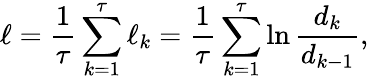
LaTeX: \ell=\frac{1}{\tau}\sum_{k=1}^{\tau}\ell_{k}=\frac{1}{\tau}\sum_{k=1}^{\tau}\ln\frac{d_{k}}{d_{k-1}},